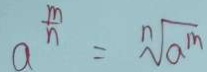
a ^ { \frac { m } { n } } = \sqrt [ n ] { a ^ { m } }